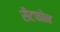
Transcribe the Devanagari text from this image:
सैटफोन